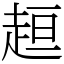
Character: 𧻚